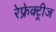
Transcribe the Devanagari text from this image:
रेफ्रेक्ट्रीज